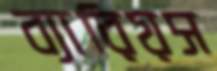
ব্যারিয়স